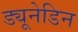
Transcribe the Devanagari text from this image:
ड्यूनेडिन